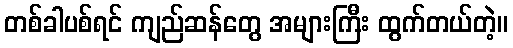
တစ်ခါပစ်ရင် ကျည်ဆန်တွေ အများကြီး ထွက်တယ်တဲ့။